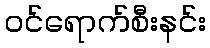
ဝင်ရောက်စီးနင်း